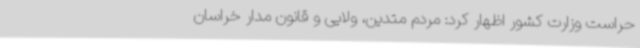
حراست وزارت کشور اظهار کرد: مردم متدین، ولایی و قانون مدار خراسان